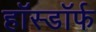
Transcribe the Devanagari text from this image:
हॉस्डॉर्फ